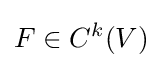
F\in C^{k}(V)